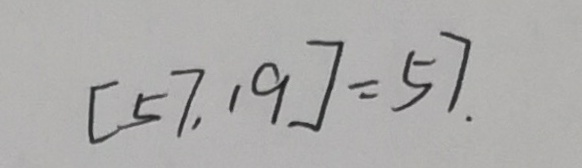
[ 5 7 , 1 9 ] = 5 7 .